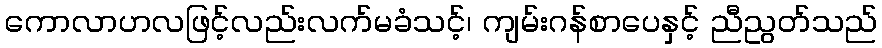
ကောလာဟလဖြင့်လည်းလက်မခံသင့်၊ ကျမ်းဂန်စာပေနှင့် ညီညွတ်သည်